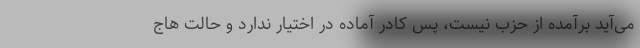
می‌آید برآمده از حزب نیست، پس کادر آماده در اختیار ندارد و حالت هاج